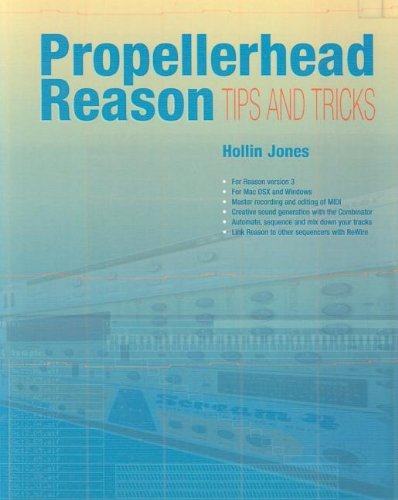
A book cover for Propellerhead Reason Tips and Tricks; Hollin Jones; Computers & Technology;